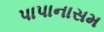
પાપાનાસમ